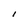
Character: I